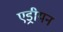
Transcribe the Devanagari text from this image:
एड्रीयन